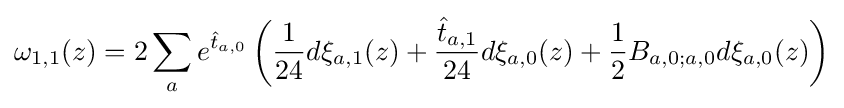
\omega _{1,1}(z)=2\sum _{a}e^{{\hat {t}}_{a,0}}\left({\frac {1}{24}}d\xi _{a,1}(z)+{\frac {{\hat {t}}_{a,1}}{24}}d\xi _{a,0}(z)+{\frac {1}{2}}B_{a,0;a,0}d\xi _{a,0}(z)\right)